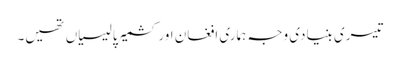
تیسری بنیادی وجہ ہماری افغان اور کشمیر پالیسیاں تھیں۔